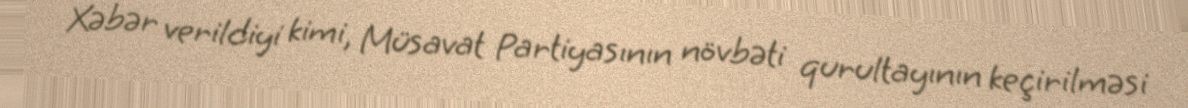
Xəbər verildiyi kimi, Müsavat Partiyasının növbəti qurultayının keçirilməsi